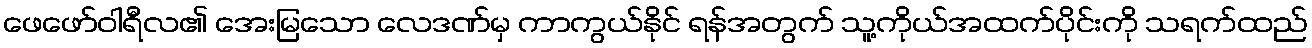
ဖေဖော်ဝါရီလ၏ အေးမြသော လေဒဏ်မှ ကာကွယ်နိုင် ရန်အတွက် သူ့ကိုယ်အထက်ပိုင်းကို သရက်ထည်